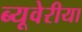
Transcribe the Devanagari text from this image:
ब्‍यूवेरीया